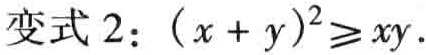
变式 2：\((x + y)^{2}\geq xy\)